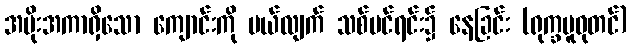
အမိုးအကာရှိသော ကျောင်းကို ပယ်လျက် သစ်ပင်ရင်း၌ နေခြင်း (ရုက္ခမူဓုတင်)